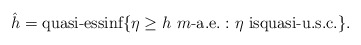
\begin{align*}\hat{h}=\mbox{quasi-essinf}\{\eta\ge h\,\,m\mbox{-a.e.}: \eta\mbox{ isquasi-u.s.c.}\}.\end{align*}